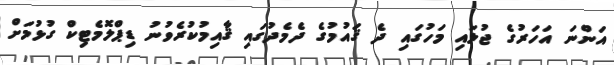
އަންނަ އަހަރުގެ ޖުލައި މަހުގައި ދެ ޤައުމުގެ ދެމެދުގައި ޤާއިމުކުރެވުނު ޑިޕްލޮމެޓިކް ގުޅުމަށް